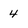
Character: 4